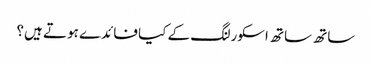
ساتھ ساتھ اسکورلنگ کے کیا فائدے ہوتے ہیں؟